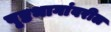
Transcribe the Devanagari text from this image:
पृष्ठभागांवरील